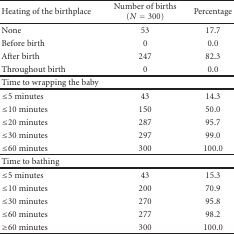
| Heating of the birthplace | Number of births (N = 300) | Percentage |
 | --- | --- | --- |
 | None | 53 | 17.7 |
 | Before birth | 0 | 0.0 |
 | After birth | 247 | 82.3 |
 | Throughout birth | 0 | 0.0 |
 | Time to wrapping the baby |  |  |
 | ≤5 minutes | 43 | 14.3 |
 | ≤10 minutes | 150 | 50.0 |
 | ≤20 minutes | 287 | 95.7 |
 | ≤30 minutes | 297 | 99.0 |
 | ≤60 minutes | 300 | 100.0 |
 | Time to bathing |  |  |
 | ≤5 minutes | 43 | 15.3 |
 | ≤10 minutes | 200 | 70.9 |
 | ≤30 minutes | 270 | 95.8 |
 | ≤60 minutes | 277 | 98.2 |
 | ≥60 minutes | 300 | 100.0 |